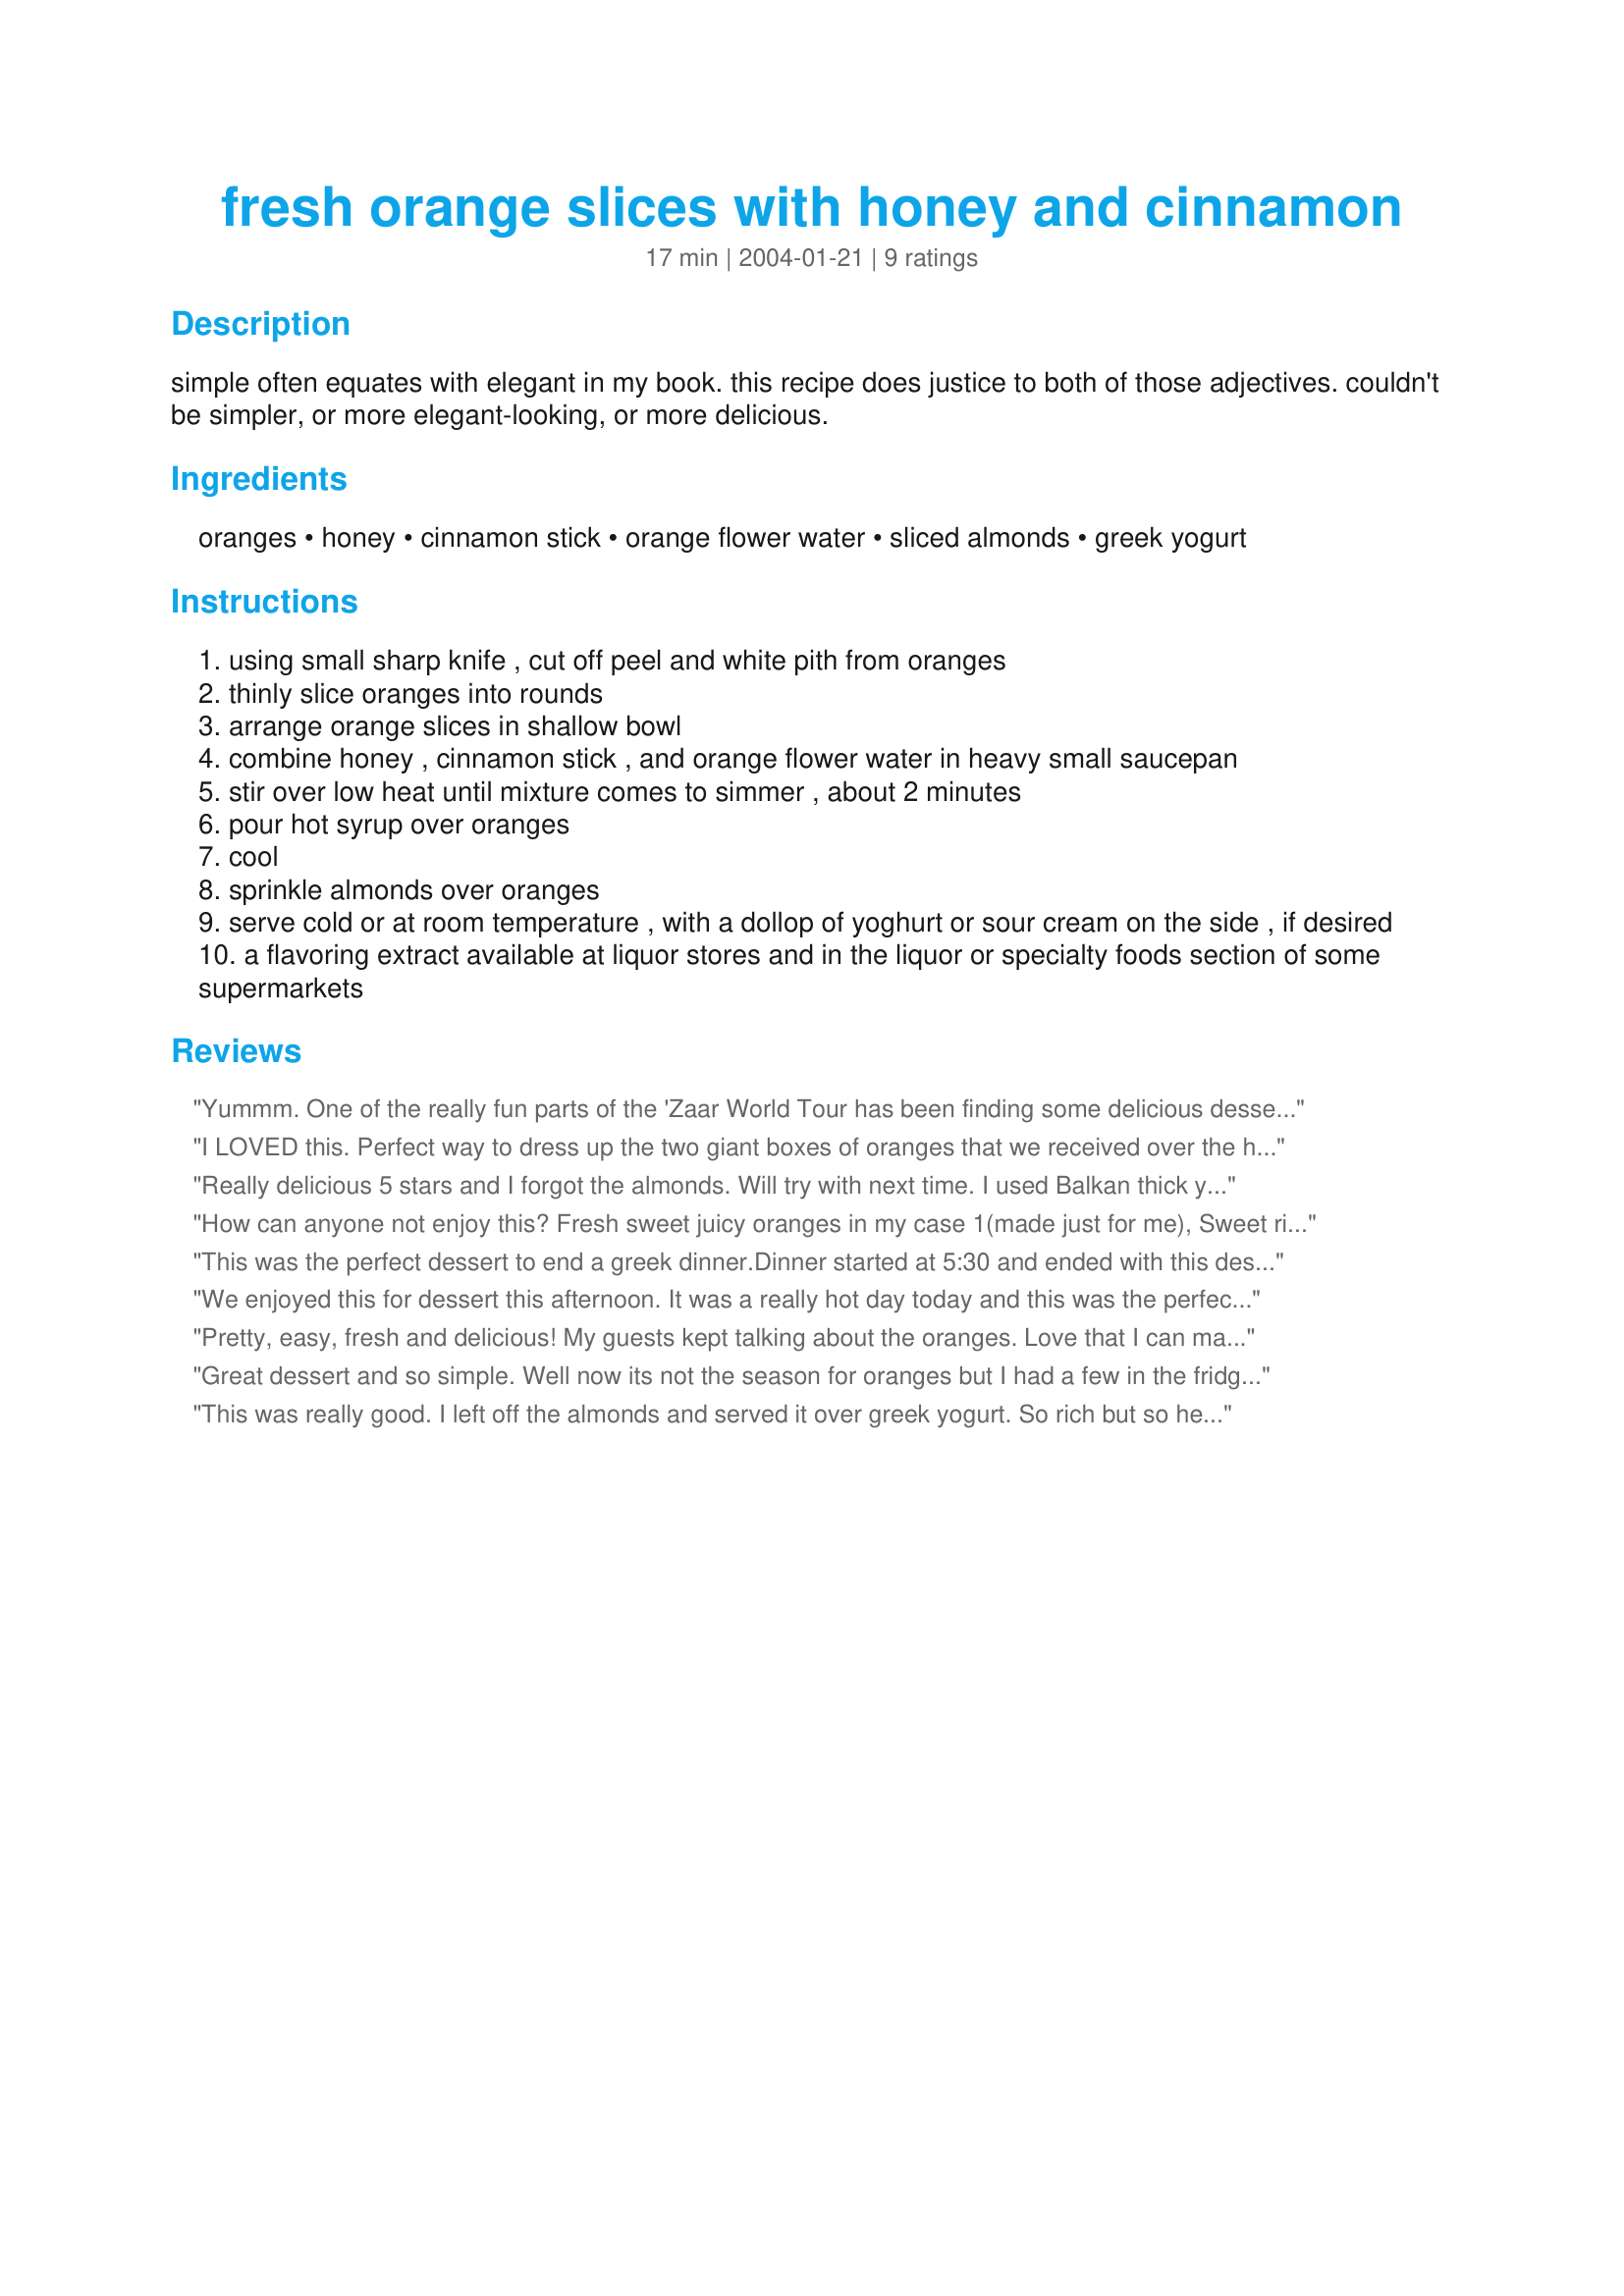
fresh orange slices with honey and cinnamon
Preparation time: 17 minutes

simple often equates with elegant in my book. this recipe does justice to both of those adjectives. couldn't be simpler, or more elegant-looking, or more delicious.

Ingredients:
oranges, honey, cinnamon stick, orange flower water, sliced almonds, greek yogurt

Steps:
using small sharp knife , cut off peel and white pith from oranges
thinly slice oranges into rounds
arrange orange slices in shallow bowl
combine honey , cinnamon stick , and orange flower water in heavy small saucepan
stir over low heat until mixture comes to simmer , about 2 minutes
pour hot syrup over oranges
cool
sprinkle almonds over oranges
serve cold or at room temperature , with a dollop of yoghurt or sour cream on the side , if desired
a flavoring extract available at liquor stores and in the liquor or specialty foods section of some supermarkets

Reviews:
Yummm. One of the really fun parts of the 'Zaar World Tour has been finding some delicious desserts I would not have come upon otherwise. i skipped the almonds and otherwise made this as presented. Very light and refreshing. Thanks!.
I LOVED this. Perfect way to dress up the two giant boxes of oranges that we received over the holidays! I did change the syrup to 4 T of orange-blossom honey, 2 T of water, and added a couple of drops of pure almond extract and simmered it all with the cinnamon stick for a few minutes. This added a wonderful flavor and sweetness to the oranges that wasn't overpowering. Very refreshing, and will be making this often!
Really delicious 5 stars and I forgot the almonds. Will try with next time. I used Balkan thick yogurt but I think sour cream would be even better. Will absolutely make again for breakfast or dessert!
How can anyone not enjoy this? Fresh sweet juicy oranges in my case 1(made just for me), Sweet rich luscious honey with a hint of warming cinnamon and toastie, crunchy, buttery almonds.
 This was the perfect dessert to end a greek dinner.Dinner started at 5:30 and ended with this dessert at 9:30. Recipes were requested and everyone agreed that not only was this dessert light and refreshing but also healthy. I made it the day before (so easy). Served with a wee glass of Sambuco. Thanks Evylyn for the perfect ending to a delicious dinner
We enjoyed this for dessert this afternoon. It was a really hot day today and this was the perfect treat to enjoy cold! This was soooooooo delicious and truly very enjoyable! Thank you so much for a wonderful, simple and easy to fix dessert. Couldn't get any simpler!:-)
Pretty, easy, fresh and delicious! My guests kept talking about the oranges. Love that I can make it ahead of time too.
Great dessert and so simple. Well now its not the season for oranges but I had a few in the fridge. So in 10 minutes our dessert was ready. I use almond extract and walnuts at the top. Served with some greek yoghurt and its very refresing! And I also made half othe recipe. Another keeper from Ev!
This was really good. I left off the almonds and served it over greek yogurt. So rich but so healthy.
